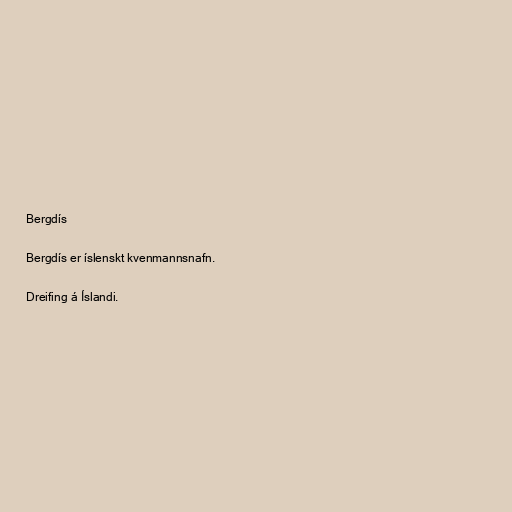
Bergdís

Bergdís er íslenskt kvenmannsnafn.

Dreifing á Íslandi.